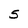
Character: S